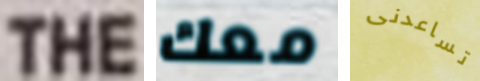
THE معك تساعدنى